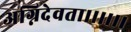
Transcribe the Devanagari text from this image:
अग्निदेवता।।।।।।